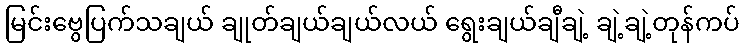
မြင်းဗွေပြက်သချယ် ချုတ်ချယ်ချယ်လယ် ရွေးချယ်ချီချဲ့ ချဲ့ချဲ့တုန်ကပ်